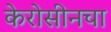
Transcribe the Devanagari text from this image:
केरोसीनचा